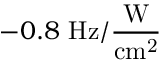
- 0 . 8 ~ \mathrm { H z / \frac { W } { c m ^ { 2 } } }